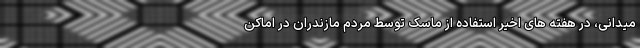
میدانی، در هفته های اخیر استفاده از ماسک توسط مردم مازندران در اماکن